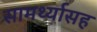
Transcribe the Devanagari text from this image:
सामर्थ्यासह